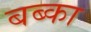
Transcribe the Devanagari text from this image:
बब्का